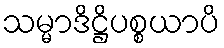
သမ္မာဒိဋ္ဌိပစ္စယာပိ